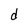
Character: O